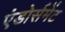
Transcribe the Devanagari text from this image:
एंडोर्समेंट